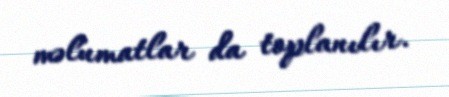
məlumatlar da toplanılır.